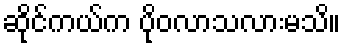
ဆိုင်ကယ်က ပိုဝလာသလားမသိ။